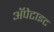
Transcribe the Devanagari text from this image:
अॅपेटाइट